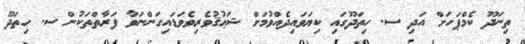
ތިނަދޫ ކެމްޕަހަށް އަދި ސ. ހިތަދޫގައި ކިޔަވައިދެއްވުމަށް ޝަޢުޤުވެރިވެވަޑައިގަންނަވާ ފަރާތްތަކުން ސ. ހިތަދޫ